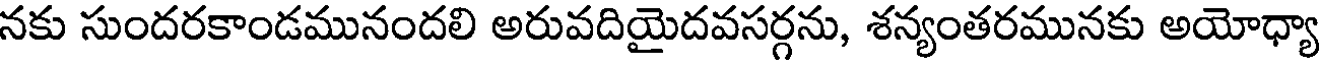
నకు సుందరకాండమునందలి అరువదియైదవసర్గను, శన్యంతరమునకు అయోధ్యా